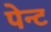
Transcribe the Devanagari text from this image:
पेन्‍ट